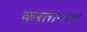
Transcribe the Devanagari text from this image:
करतांनाच